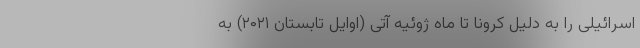
اسرائیلی را به دلیل کرونا تا ماه ژوئیه آتی (اوایل تابستان ۲۰۲۱) به